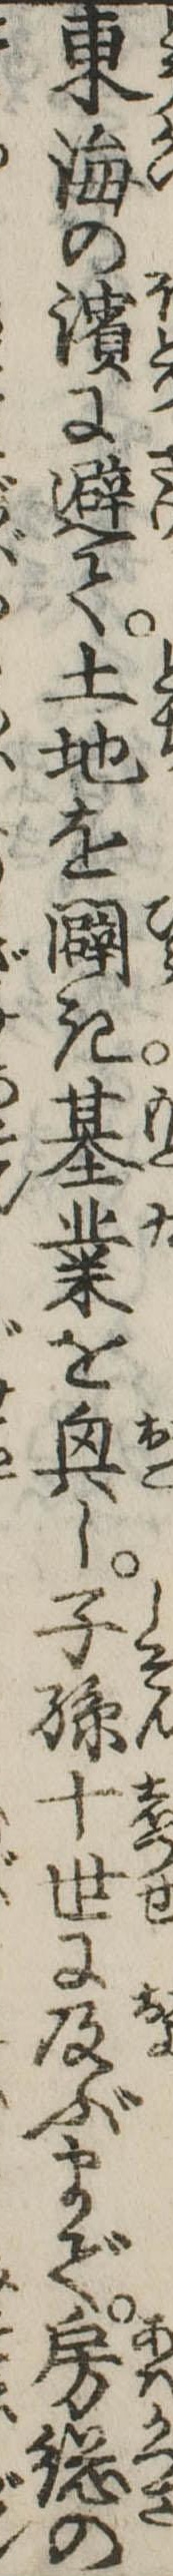
東海の浜に避て土地を闢き基業を興し子孫十世に及ぶまで房総の